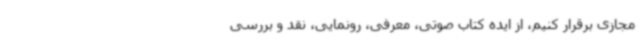
مجازی برقرار کنیم، از ایده کتاب صوتی، معرفی، رونمایی، نقد و بررسی